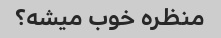
منظره خوب میشه؟